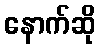
နောက်ဆို